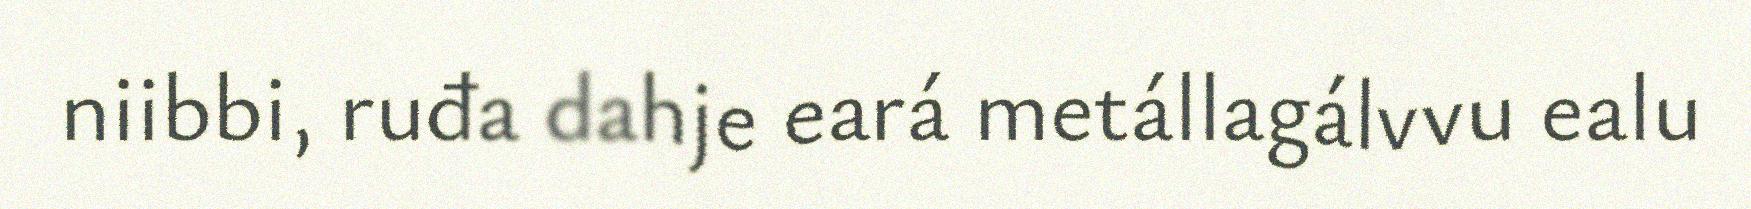
niibbi, ruđa dahje eará metállagálvvu ealu